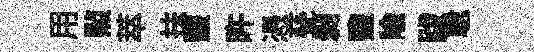
用㸃萃扶虀旿憑甆剥鹽隃跋聪